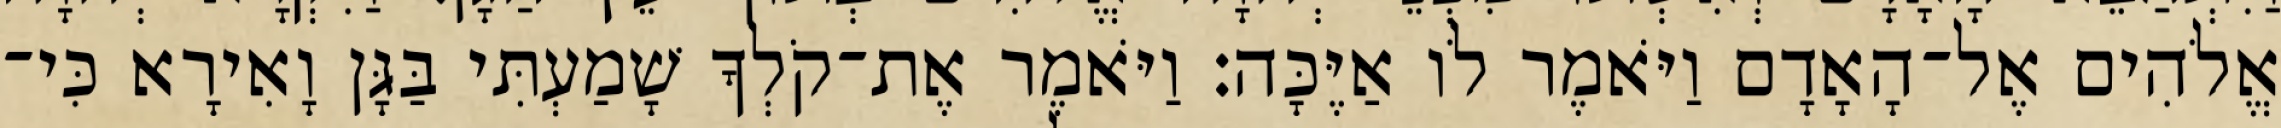
אֱלֹהִים אֶל־הָאָדָם וַיֹּאמֶר לֹו אַיֶּכָּה׃ וַיֹּאמֶר אֶת־קֹלְךָ שָׁמַעְתִּי בַּגָּן וָאִירָא כִּי־